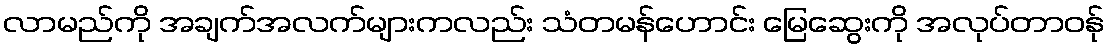
လာမည်ကို အချက်အလက်များကလည်း သံတမန်ဟောင်း မြေဆွေးကို အလုပ်တာဝန်ု